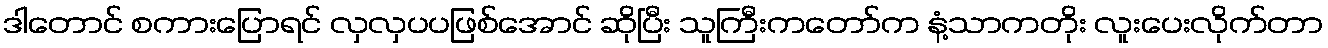
ဒါတောင် စကားပြောရင် လှလှပပဖြစ်အောင် ဆိုပြီး သူကြီးကတော်က နံ့သာကတိုး လူးပေးလိုက်တာ